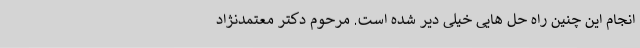
انجام این چنین راه حل هایی خیلی دیر شده است. مرحوم دکتر معتمدنژاد